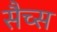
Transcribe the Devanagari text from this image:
सैच्‍स